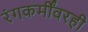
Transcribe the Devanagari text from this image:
रंगकर्मींवरही